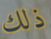
ذلك